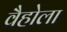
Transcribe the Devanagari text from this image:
वैहोला